Sketch of the medical history of the native army of Bombay, for the year
Year: 1870
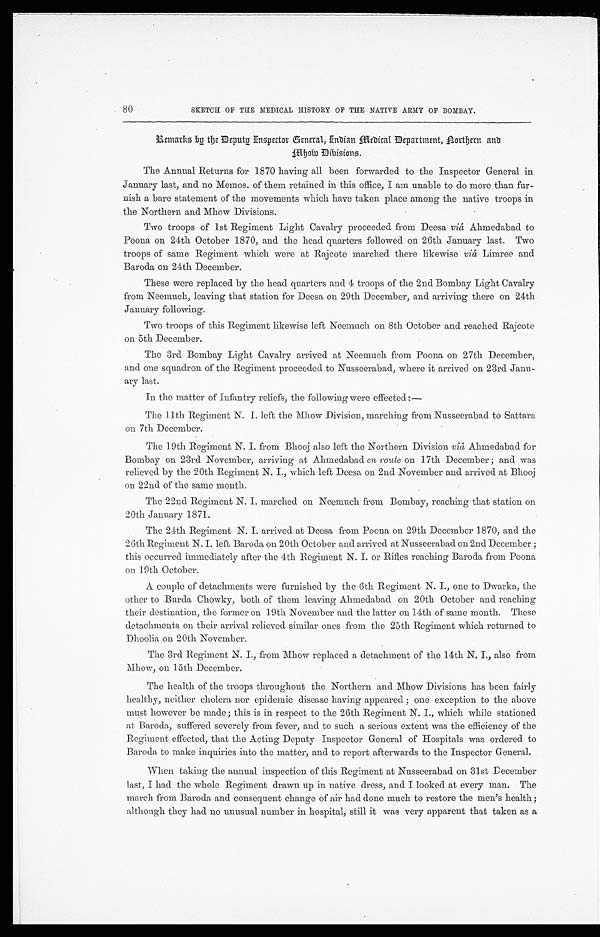
80
SKETCH OF THE MEDICAL HISTORY OF THE NATIVE ARMY OF BOMBAY.
Remarks by the Deputy Inspector General, Indian medical Department, Northern and mhow Divisions.
The Annual Returns for 1870 having all been forwarded to the Inspector General in
January last, and no Memos. of them retained in this office, I am unable to do more than fur
-
nish a bare statement of the movements which have taken place among the native troops in
the Northern and Mhow Divisions.
Two troops of 1st Regiment Light Cavalry proceeded from Deesa viâ Ahmedabad to
Poona on 24th October 1870, and the head quarters followed on 26th January last. Two
troops of same Regiment which were at Rajcote marched there likewise viâ Limree and
Baroda on 24th December.
These were replaced by the head quarters and 4 troops of the 2nd Bombay Light Cavalry
from Neemuch, leaving that station for Deesa on 29th December, and arriving there on 24th
January following.
Two troops of this Regiment likewise left Neemuch on 8th October and reached Rajcote
on 5th December.
The 3rd Bombay Light Cavalry arrived at Neemuch from Poona on 27th December,
and one squadron of the Regiment proceeded to Nusseerabad, where it arrived on 23rd Janu
-
ary last.
In the matter of. Infantry reliefs, the following were effected:—
The 11th Regiment N. I. left the Mhow Division, marching from Nusseerabad to Sattara
on 7th December.
The 19th Regiment N. I. from Bhooj also left the Northern Division viâ, Ahmedabad for
Bombay on 23rd November, arriving at Ahmedabad en route on 17th December; and was
relieved by the 20th Regiment N. I., which left Deesa on 2nd November and arrived at Bhooj
on 22nd of the same mouth.
The 22nd Regiment N. I. marched on Neemuch from Bombay, reaching that station on
20th January 1871.
The 24th Regiment N. I. arrived at Deesa from Poona on 29th December 1870, and the
26th Regiment N. I. left Baroda on 20th October and arrived at Nusseerabad on 2nd December;
this occurred immediately after the 4th Regiment N. I. or Rifles reaching Baroda from Poona
on 19th October.
A couple of detachments were furnished by the (6th Regiment N. I., one to Dwarka, the
other to Burda Chowky, both of them leaving Ahmedabad on 20th October and reaching
their destination, the former on 19th November and the latter on 14th of same month. These
detachments on their arrival relieved similar ones from the 25th Regiment which returned to
Dhoolia on 20th November.
The 3rd Regiment N. I., from Mhow replaced a detachment of the 14th N. I., also from
Mhow, on 15th December.
The health of the troops throughout the Northern and Mhow Divisions has been fairly
healthy, neither cholera nor epidemic disease having appeared; one exception to the above
must however be made; this is in respect to the 26th Regiment N. I., which while stationed
at Baroda, suffered severely from fever, and to such a serious extent was the efficiency of the
Regiment effected, that the Acting Deputy Inspector General of Hospitals was ordered to
Baroda to make inquiries into the matter, and to report afterwards to the Inspector General.
When taking the annual inspection of this Regiment at Nusseerabad on 31st December
last, I had the whole Regiment drawn up in native dress, and I looked at every man. The
march from Baroda and consequent change of air had done much to restore the men's health;
although they had no unusual number in hospital, still it was very apparent that taken as a